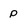
Character: p